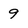
Character: 9